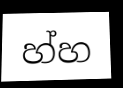
හ්හ